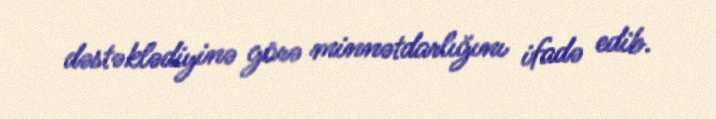
dəstəklədiyinə görə minnətdarlığını ifadə edib.